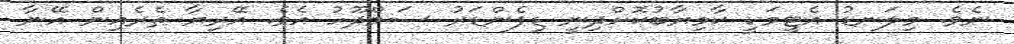
ނެވެ. މިލަނޑު އެޓީމަކީ ކާމިޔާބުކޮށްދިނީ ޑިފެންޑަރު ސަމްދޫހު އެވެ. އޭރިޔާ ތެރެއިން އޭނާ